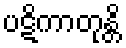
ပဋိကာတုန္တိ